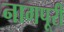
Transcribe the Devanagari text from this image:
नागपूरी